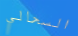
السحالي